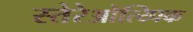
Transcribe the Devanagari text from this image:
स्तेरेओत्य्पिक